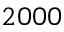
2 0 0 0